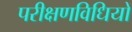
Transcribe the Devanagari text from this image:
परीक्षणविधियों